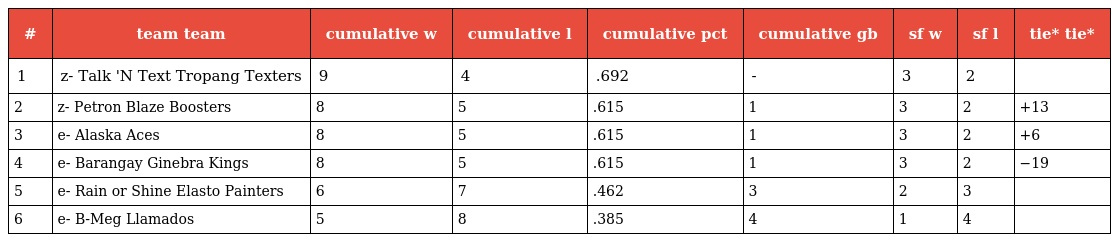
| # | team team | cumulative w | cumulative l | cumulative pct | cumulative gb | sf w | sf l | tie* tie* |
 | --- | --- | --- | --- | --- | --- | --- | --- | --- |
 | 1 | z- Talk 'N Text Tropang Texters | 9 | 4 | .692 | - | 3 | 2 |  |
 | 2 | z- Petron Blaze Boosters | 8 | 5 | .615 | 1 | 3 | 2 | +13 |
 | 3 | e- Alaska Aces | 8 | 5 | .615 | 1 | 3 | 2 | +6 |
 | 4 | e- Barangay Ginebra Kings | 8 | 5 | .615 | 1 | 3 | 2 | −19 |
 | 5 | e- Rain or Shine Elasto Painters | 6 | 7 | .462 | 3 | 2 | 3 |  |
 | 6 | e- B-Meg Llamados | 5 | 8 | .385 | 4 | 1 | 4 |  |